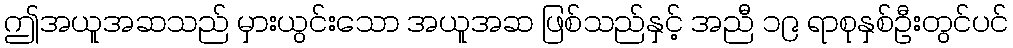
ဤအယူအဆသည် မှားယွင်းသော အယူအဆ ဖြစ်သည်နှင့် အညီ ၁၉ ရာစုနှစ်ဦးတွင်ပင်